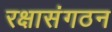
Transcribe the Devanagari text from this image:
रक्षासंगठन